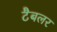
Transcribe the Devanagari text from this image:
टैबलर